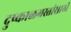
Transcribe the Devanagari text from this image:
दुष्काळग्रस्तांसाठी